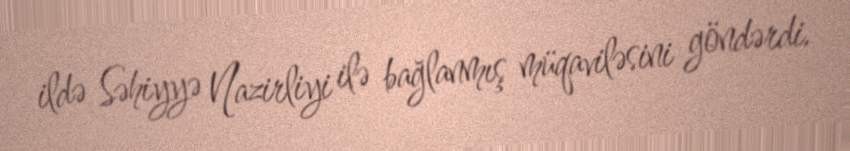
ildə Səhiyyə Nazirliyi ilə bağlanmış müqaviləsini göndərdi.